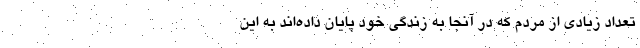
تعداد زیادی از مردم که در آنجا به زندگی خود پایان داده‌اند به این